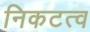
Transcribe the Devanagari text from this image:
निकटत्व